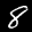
Label: 8